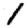
Digit: 1